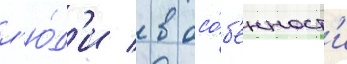
л'ю́д'и / в осо́б'енност'и